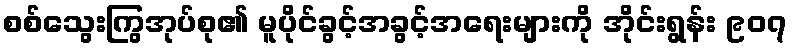
စစ်သွေးကြွအုပ်စု၏ မူပိုင်ခွင့်အခွင့်အရေးများကို အိုင်းရွန်း ၉၀၇